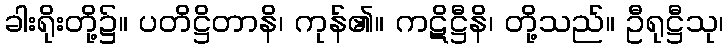
ခါးရိုးတို့၌။ ပတိဋ္ဌိတာနိ၊ ကုန်၏။ ကဋိဋ္ဌီနိ၊ တို့သည်။ ဦရုဋ္ဌီသု၊